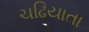
ચઢિયાતા